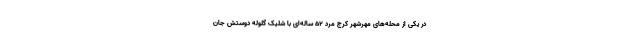
در یکی از محله‌های مهرشهر کرج مرد ۵۲ ساله‌ای با شلیک گلوله دوستش جان